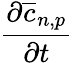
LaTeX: \frac{\partial\overline{{c}}_{n,p}}{\partial t}